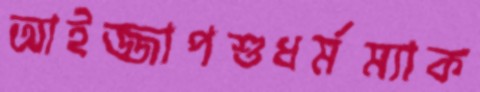
আইজ্জাপশুধর্মম্যাক